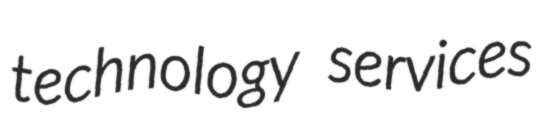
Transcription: technology services